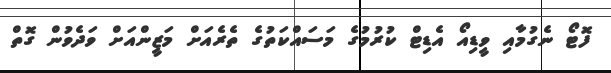
ފޮޓޯ ނެގުމާއި ވީޑިއޯ އެޑިޓް ކުރުމުގެ މަސައްކަތުގެ ތެރެއަށް މަޒީންއަށް ވަދެވުން ގޮތް